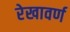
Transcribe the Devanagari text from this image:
रेखावर्ण